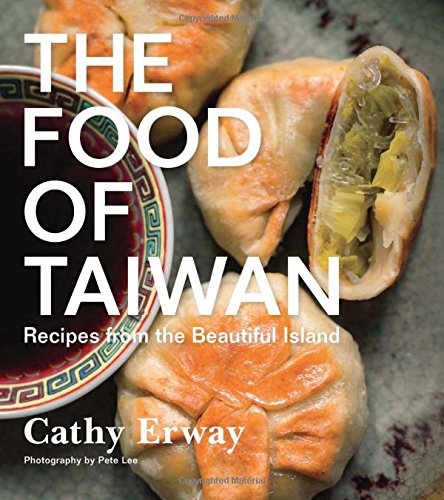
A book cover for The Food of Taiwan: Recipes from the Beautiful Island; Cathy Erway; Cookbooks, Food & Wine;